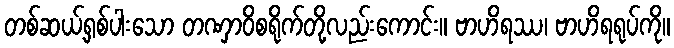
တစ်ဆယ့်ရှစ်ပါးသော တဏှာဝိစရိုက်တို့လည်းကောင်း။ ဗာဟိရဿ၊ ဗာဟိရရုပ်ကို။